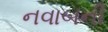
નવાબની